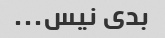
بدی نیس...